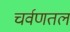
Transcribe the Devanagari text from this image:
चर्वणतल